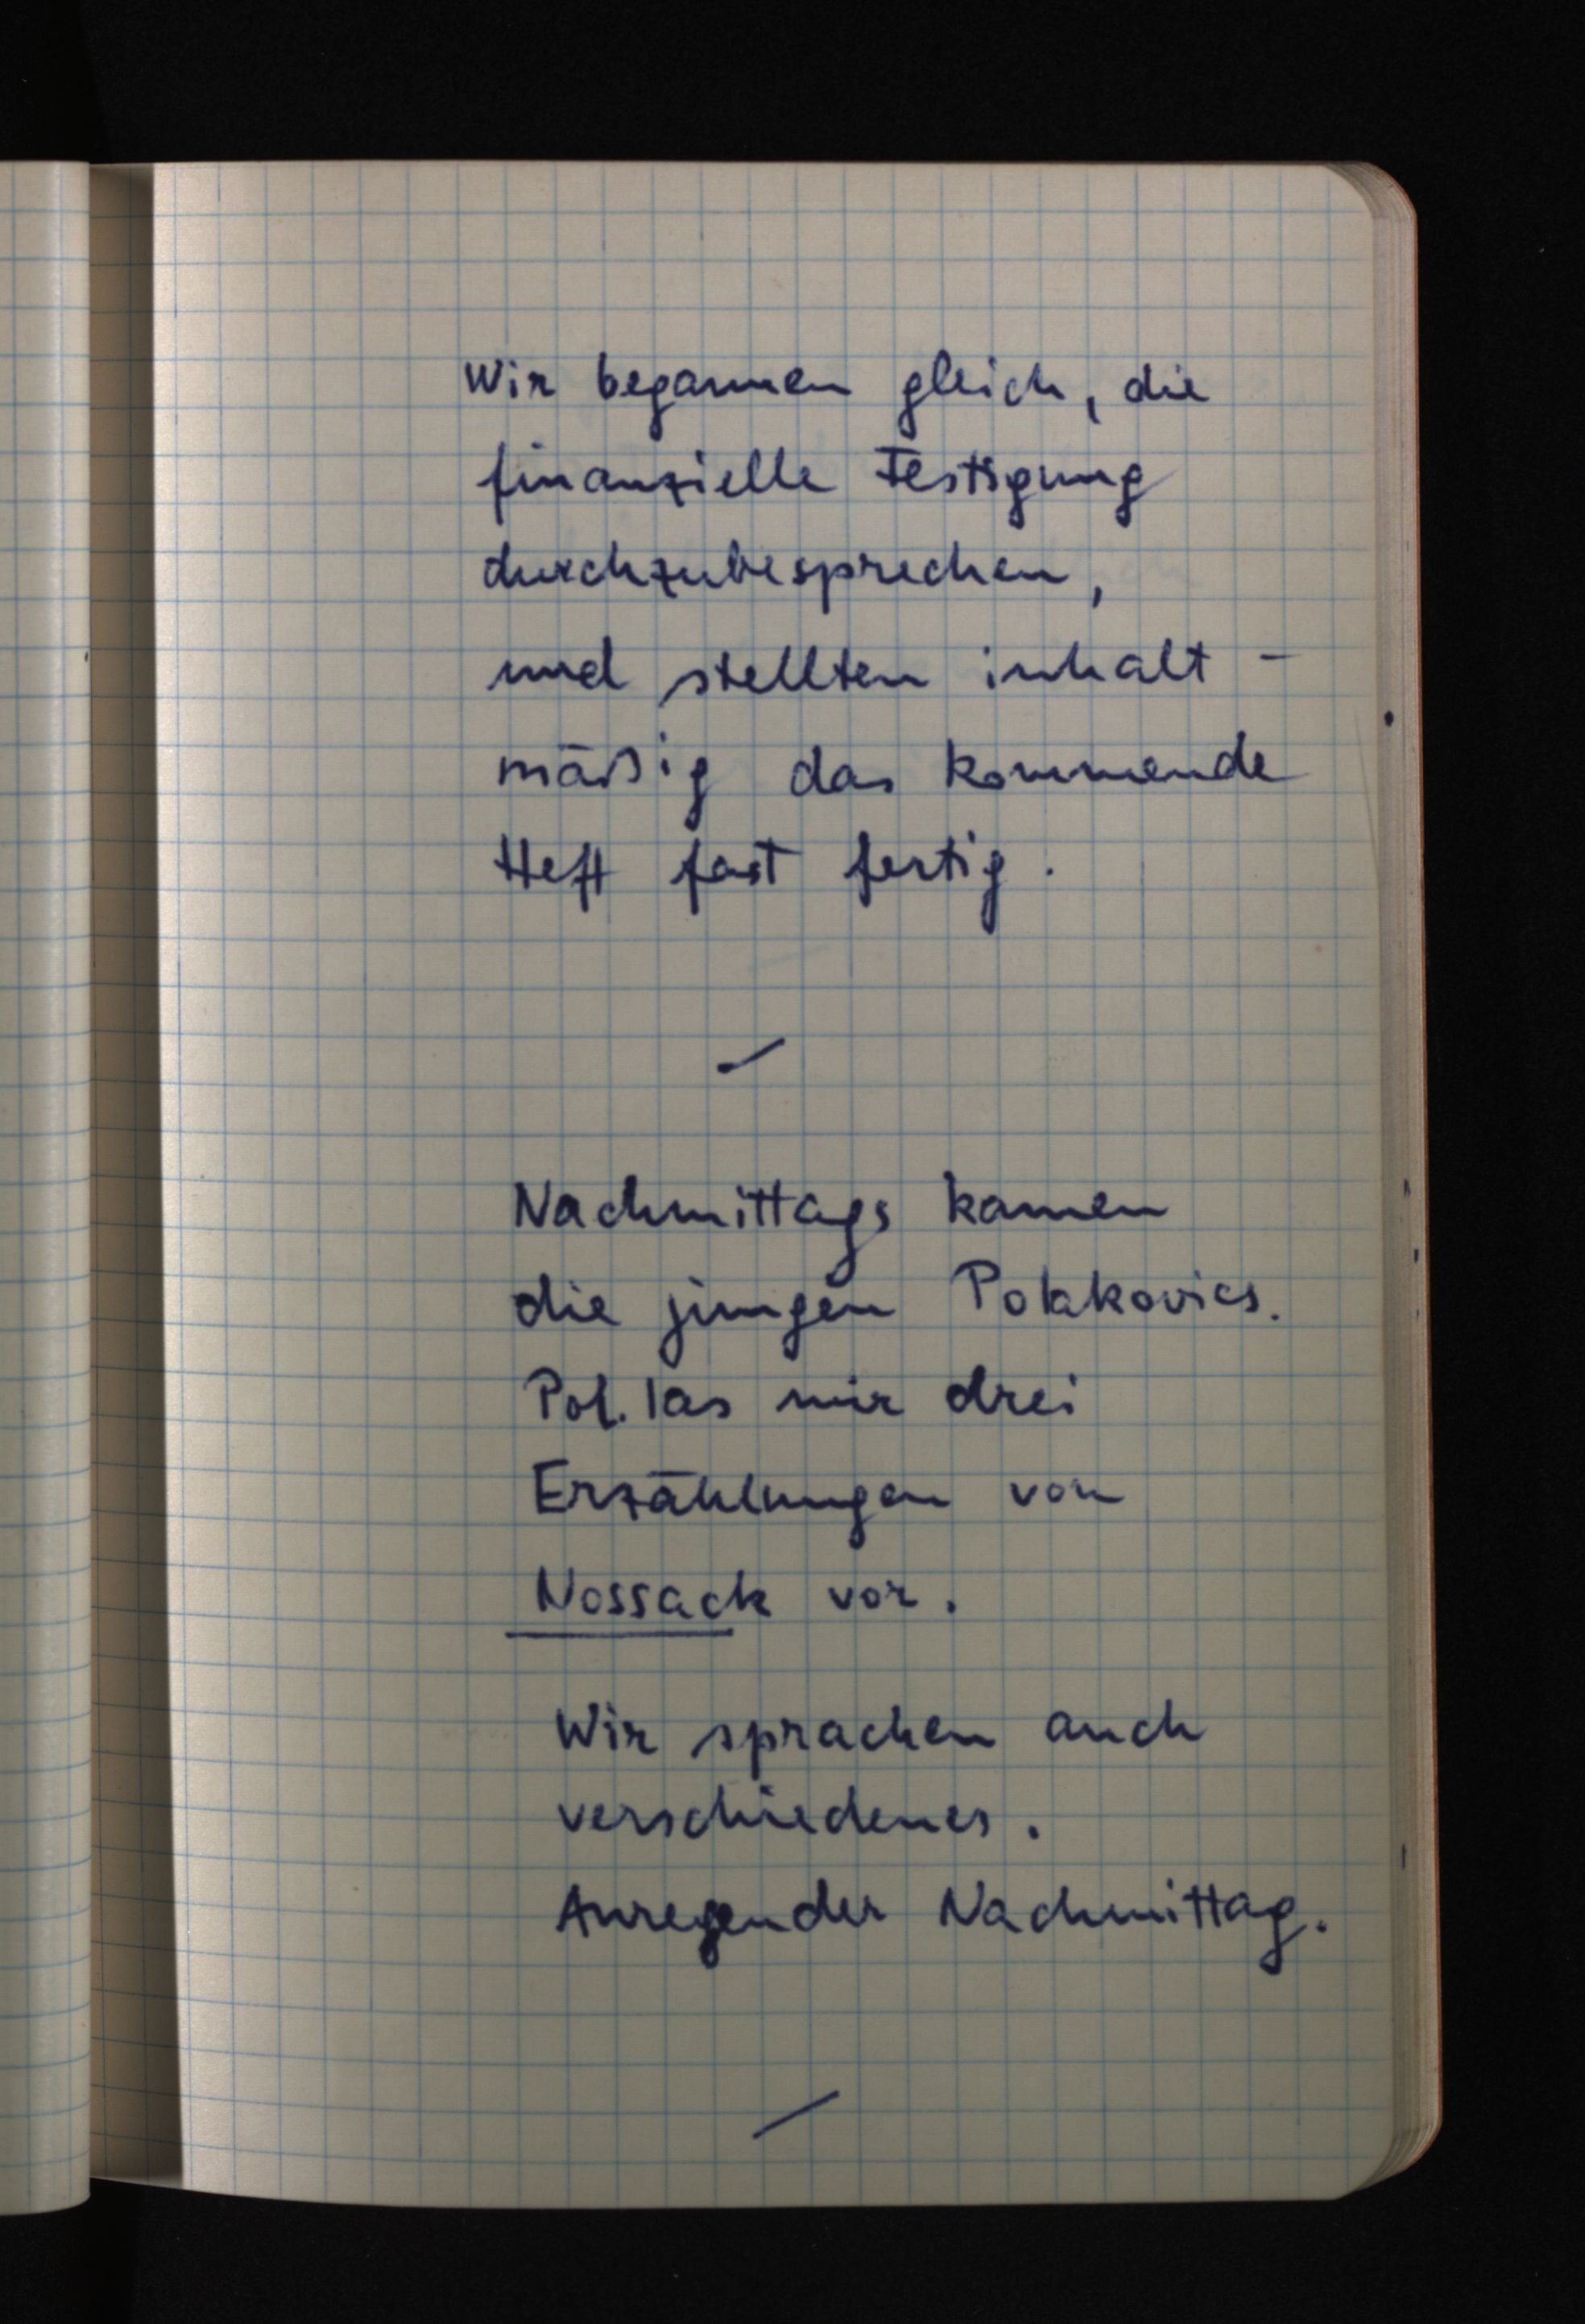
Wir begannen gleich, die
finanzielle Festigung
durchzubesprechen,
und stellten inhalt¬
mäßig das kommende
Heft fast fertig.
Nachmittags kamen
die jungen Polakovics.
Pol. las mir drei
Erzählungen von
Nossack vor.
Wir sprachen auch
verschiedenes.
Anregender Nachmittag.